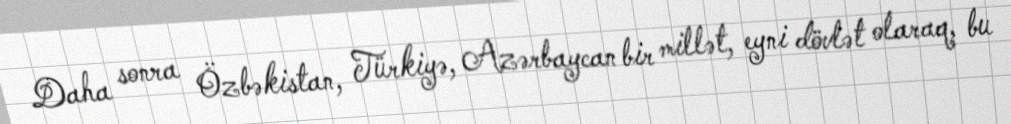
Daha sonra Özbəkistan, Türkiyə, Azərbaycan bir millət, eyni dövlət olaraq, bu